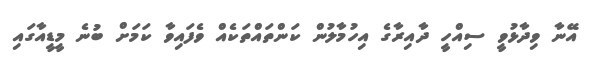
އޭނާ ވިދާޅުވީ ސިއްހީ ދާއިރާގެ އިހުމާލުން ކަންތައްތަކެއް ވެފައިވާ ކަމަށް ބުނެ މީޑީއާގައި